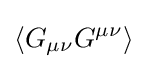
\langle G_{\mu \nu }G^{\mu \nu }\rangle